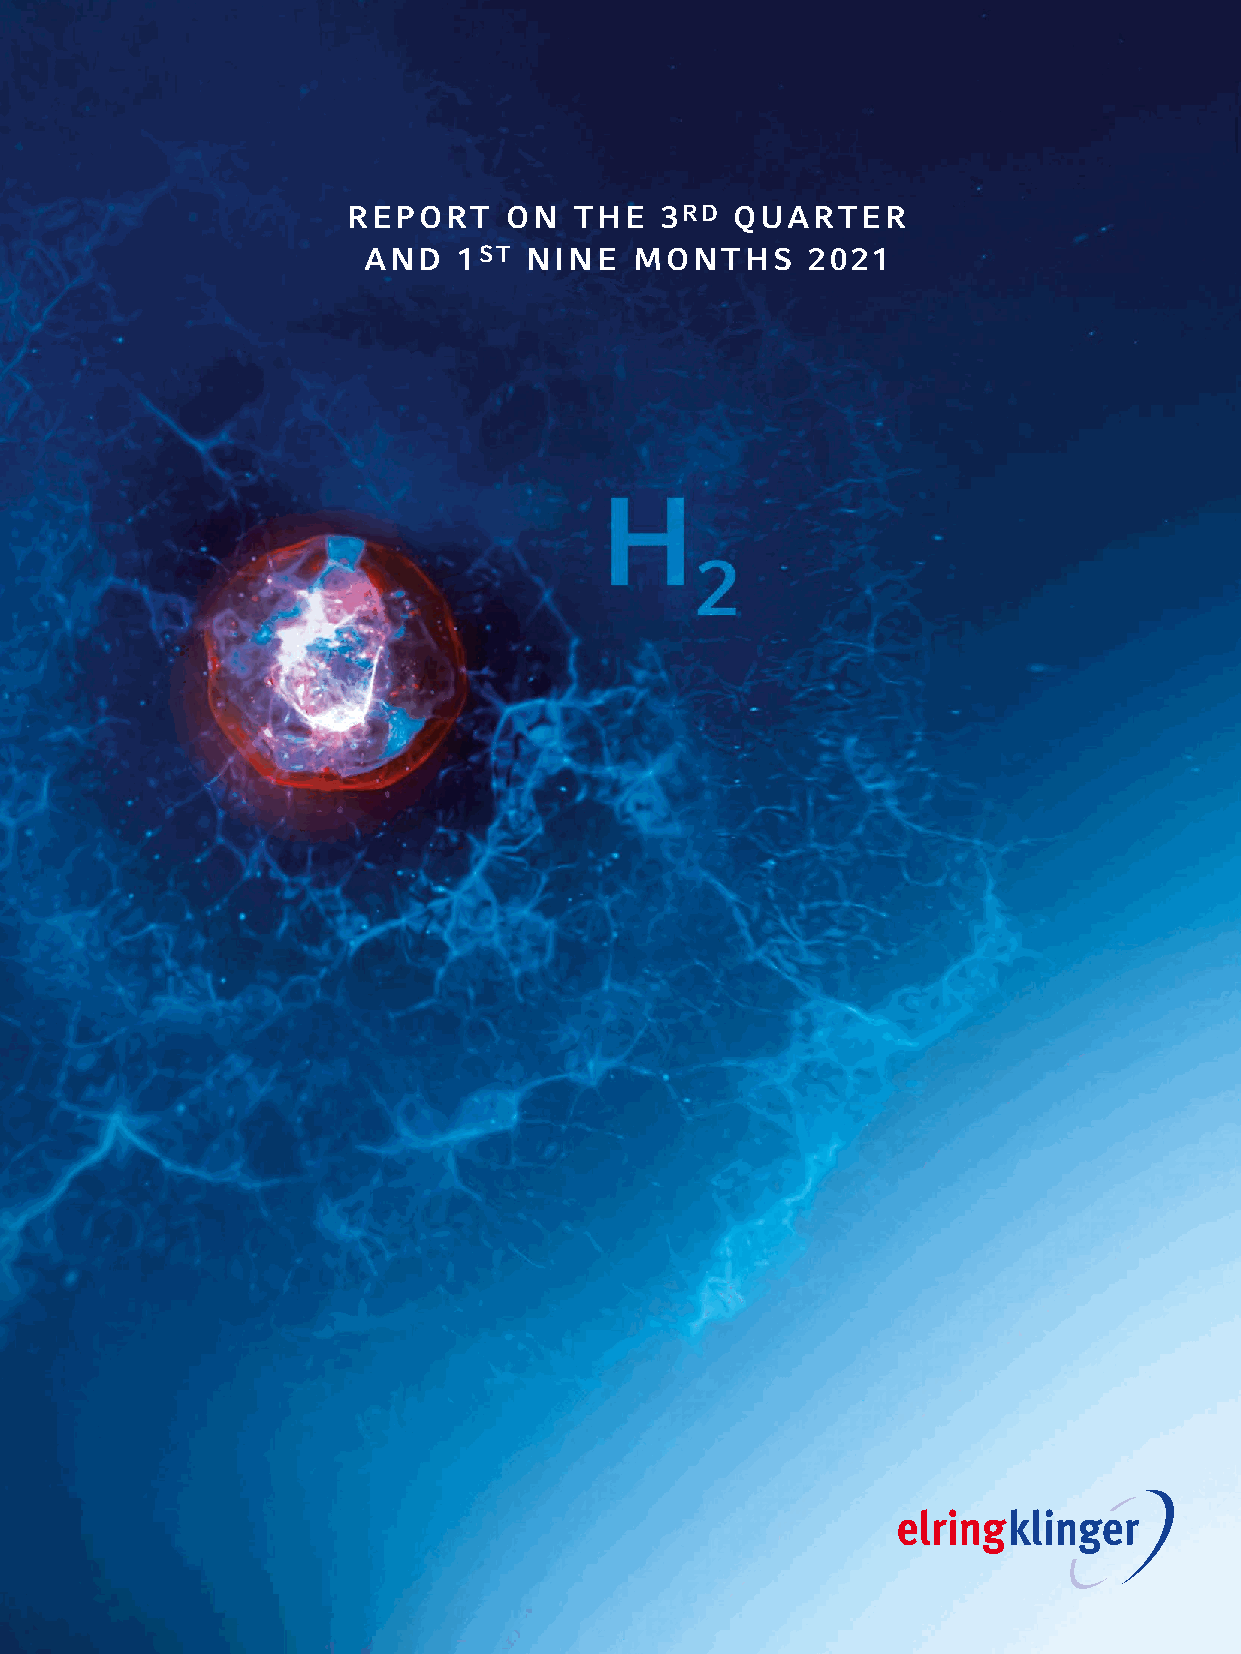
REPORT    ON   THE   3RD  QUARTER
 AND   1ST  NINE   MONTHS     2021